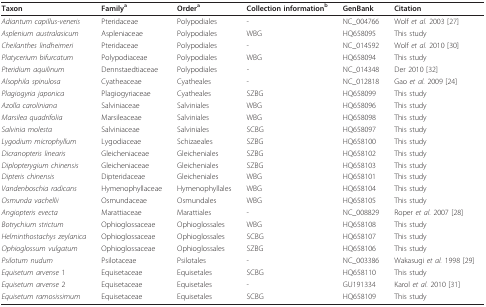
<table><thead><tr><td><b>Taxon</b></td><td><b>Family<sup>a</sup></b></td><td><b>Order<sup>a</sup></b></td><td><b>Collection information<sup>b</sup></b></td><td><b>GenBank</b></td><td><b>Citation</b></td></tr></thead><tbody><tr><td><i>Adiantum capillus-veneris</i></td><td>Pteridaceae</td><td>Polypodiales</td><td>-</td><td>NC_004766</td><td>Wolf <i>et al. </i>2003 [27]</td></tr><tr><td><i>Asplenium australasicum</i></td><td>Aspleniaceae</td><td>Polypodiales</td><td>WBG</td><td>HQ658095</td><td>This study</td></tr><tr><td><i>Cheilanthes lindheimeri</i></td><td>Pteridaceae</td><td>Polypodiales</td><td>-</td><td>NC_014592</td><td>Wolf <i>et al. </i>2010 [30]</td></tr><tr><td><i>Platycerium bifurcatum</i></td><td>Polypodiaceae</td><td>Polypodiales</td><td>WBG</td><td>HQ658094</td><td>This study</td></tr><tr><td><i>Pteridium aquilinum</i></td><td>Dennstaedtiaceae</td><td>Polypodiales</td><td>-</td><td>NC_014348</td><td>Der 2010 [32]</td></tr><tr><td><i>Alsophila spinulosa</i></td><td>Cyatheaceae</td><td>Cyatheales</td><td>-</td><td>NC_012818</td><td>Gao <i>et al. </i>2009 [24]</td></tr><tr><td><i>Plagiogyria japonica</i></td><td>Plagiogyriaceae</td><td>Cyatheales</td><td>SZBG</td><td>HQ658099</td><td>This study</td></tr><tr><td><i>Azolla caroliniana</i></td><td>Salviniaceae</td><td>Salviniales</td><td>WBG</td><td>HQ658096</td><td>This study</td></tr><tr><td><i>Marsilea quadrifolia</i></td><td>Marsileaceae</td><td>Salviniales</td><td>WBG</td><td>HQ658098</td><td>This study</td></tr><tr><td><i>Salvinia molesta</i></td><td>Salviniaceae</td><td>Salviniales</td><td>SCBG</td><td>HQ658097</td><td>This study</td></tr><tr><td><i>Lygodium microphyllum</i></td><td>Lygodiaceae</td><td>Schizaeales</td><td>SZBG</td><td>HQ658100</td><td>This study</td></tr><tr><td><i>Dicranopteris linearis</i></td><td>Gleicheniaceae</td><td>Gleicheniales</td><td>SZBG</td><td>HQ658102</td><td>This study</td></tr><tr><td><i>Diplopterygium chinensis</i></td><td>Gleicheniaceae</td><td>Gleicheniales</td><td>SZBG</td><td>HQ658103</td><td>This study</td></tr><tr><td><i>Dipteris chinensis</i></td><td>Dipteridaceae</td><td>Gleicheniales</td><td>WBG</td><td>HQ658101</td><td>This study</td></tr><tr><td><i>Vandenboschia radicans</i></td><td>Hymenophyllaceae</td><td>Hymenophyllales</td><td>WBG</td><td>HQ658104</td><td>This study</td></tr><tr><td><i>Osmunda vachellii</i></td><td>Osmundaceae</td><td>Osmundales</td><td>WBG</td><td>HQ658105</td><td>This study</td></tr><tr><td><i>Angiopteris evecta</i></td><td>Marattiaceae</td><td>Marattiales</td><td>-</td><td>NC_008829</td><td>Roper <i>et al. </i>2007 [28]</td></tr><tr><td><i>Botrychium strictum</i></td><td>Ophioglossaceae</td><td>Ophioglossales</td><td>WBG</td><td>HQ658108</td><td>This study</td></tr><tr><td><i>Helminthostachys zeylanica</i></td><td>Ophioglossaceae</td><td>Ophioglossales</td><td>SCBG</td><td>HQ658107</td><td>This study</td></tr><tr><td><i>Ophioglossum vulgatum</i></td><td>Ophioglossaceae</td><td>Ophioglossales</td><td>SZBG</td><td>HQ658106</td><td>This study</td></tr><tr><td><i>Psilotum nudum</i></td><td>Psilotaceae</td><td>Psilotales</td><td>-</td><td>NC_003386</td><td>Wakasugi <i>et al. </i>1998 [29]</td></tr><tr><td><i>Equisetum arvense </i>1</td><td>Equisetaceae</td><td>Equisetales</td><td>SCBG</td><td>HQ658110</td><td>This study</td></tr><tr><td><i>Equisetum arvense </i>2</td><td>Equisetaceae</td><td>Equisetales</td><td>-</td><td>GU191334</td><td>Karol <i>et al. </i>2010 [31]</td></tr><tr><td><i>Equisetum ramosissimum</i></td><td>Equisetaceae</td><td>Equisetales</td><td>SCBG</td><td>HQ658109</td><td>This study</td></tr></tbody></table>